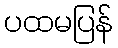
ပထမပြန်